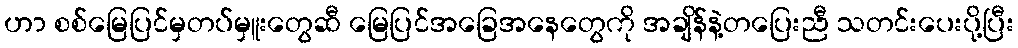
ဟာ စစ်မြေပြင်မှတပ်မှူးတွေဆီ မြေပြင်အခြေအနေတွေကို အချိန်နဲ့တပြေးညီ သတင်းပေးပို့ပြီး